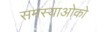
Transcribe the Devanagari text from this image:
समस्याओको